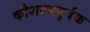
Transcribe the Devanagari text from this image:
कौशल्यपुर्वक